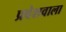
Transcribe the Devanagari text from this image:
प्रवेशवाला